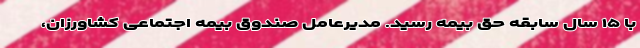
با ۱۵ سال سابقه حق بیمه رسید. مدیرعامل صندوق بیمه اجتماعی کشاورزان،